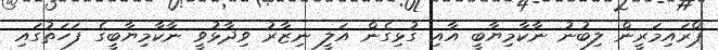
ޕްރައިމަރީން ލިބުނު ނާކާމިޔާބީ އާއި ގުޅިގެން އަލީ ނިޒާރު ވިދާޅުވީ ނާކާމިޔާބީގެ ފަހަތުގައި